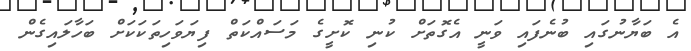
އެ ބަޔާނުގައި ބުނެފައި ވަނީ އެގޮތަށް ކުނި ކޮށީގެ މަސައްކަތް ފިޔަވަހިތަކަކަށް ބަހާލައިގެން